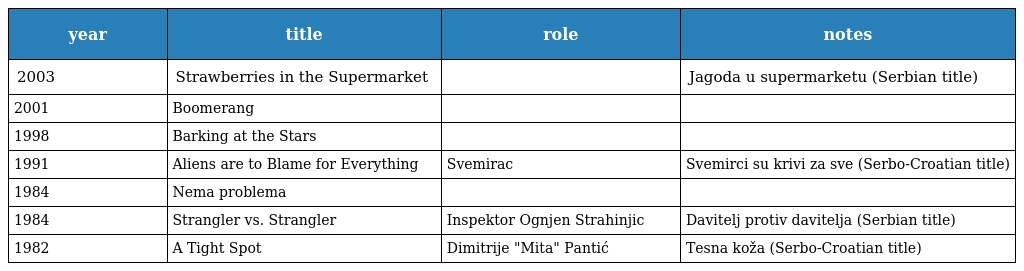
| year | title | role | notes |
 | --- | --- | --- | --- |
 | 2003 | Strawberries in the Supermarket |  | Jagoda u supermarketu (Serbian title) |
 | 2001 | Boomerang |  |  |
 | 1998 | Barking at the Stars |  |  |
 | 1991 | Aliens are to Blame for Everything | Svemirac | Svemirci su krivi za sve (Serbo-Croatian title) |
 | 1984 | Nema problema |  |  |
 | 1984 | Strangler vs. Strangler | Inspektor Ognjen Strahinjic | Davitelj protiv davitelja (Serbian title) |
 | 1982 | A Tight Spot | Dimitrije "Mita" Pantić | Tesna koža (Serbo-Croatian title) |